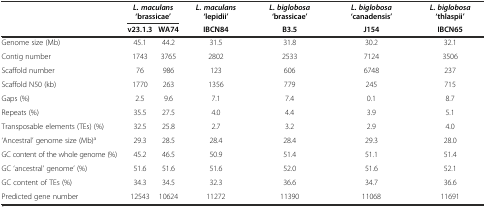
<table><thead><tr><td></td><td colspan="2"><b><i>L. maculans</i>‘brassicae’</b></td><td><b><i>L. maculans</i>‘lepidii’</b></td><td><b><i>L. biglobosa</i>‘brassicae’</b></td><td><b><i>L. biglobosa</i>‘canadensis’</b></td><td><b><i>L. biglobosa</i>‘thlaspii’</b></td></tr><tr><td></td><td><b>v23.1.3</b></td><td><b>WA74</b></td><td><b>IBCN84</b></td><td><b>B3.5</b></td><td><b>J154</b></td><td><b>IBCN65</b></td></tr></thead><tbody><tr><td>Genome size (Mb)</td><td>45.1</td><td>44.2</td><td>31.5</td><td>31.8</td><td>30.2</td><td>32.1</td></tr><tr><td>Contig number</td><td>1743</td><td>3765</td><td>2802</td><td>2533</td><td>7124</td><td>3506</td></tr><tr><td>Scaffold number</td><td>76</td><td>986</td><td>123</td><td>606</td><td>6748</td><td>237</td></tr><tr><td>Scaffold N50 (kb)</td><td>1770</td><td>263</td><td>1356</td><td>779</td><td>245</td><td>715</td></tr><tr><td>Gaps (%)</td><td>2.5</td><td>9.6</td><td>7.1</td><td>7.4</td><td>0.1</td><td>8.7</td></tr><tr><td>Repeats (%)</td><td>35.5</td><td>27.5</td><td>4.0</td><td>4.4</td><td>3.9</td><td>5.1</td></tr><tr><td>Transposable elements (TEs) (%)</td><td>32.5</td><td>25.8</td><td>2.7</td><td>3.2</td><td>2.9</td><td>4.0</td></tr><tr><td>‘Ancestral’ genome size (Mb)<sup>a</sup></td><td>29.3</td><td>28.5</td><td>28.4</td><td>28.4</td><td>29.3</td><td>28.0</td></tr><tr><td>GC content of the whole genome (%)</td><td>45.2</td><td>46.5</td><td>50.9</td><td>51.4</td><td>51.1</td><td>51.4</td></tr><tr><td>GC ‘ancestral’ genome’ (%)</td><td>51.6</td><td>51.6</td><td>51.6</td><td>52.0</td><td>51.6</td><td>52.1</td></tr><tr><td>GC content of TEs (%)</td><td>34.3</td><td>34.5</td><td>32.3</td><td>36.6</td><td>34.7</td><td>36.6</td></tr><tr><td>Predicted gene number</td><td>12543</td><td>10624</td><td>11272</td><td>11390</td><td>11068</td><td>11691</td></tr></tbody></table>